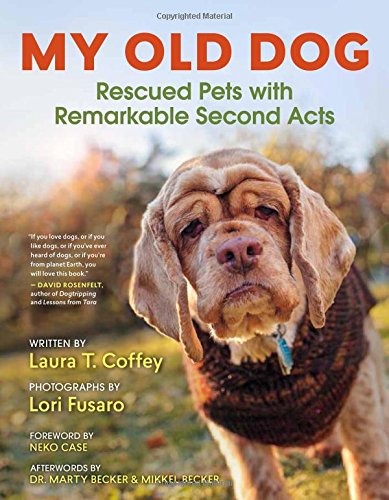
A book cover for My Old Dog: Rescued Pets with Remarkable Second Acts; Laura T. Coffey; Crafts, Hobbies & Home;